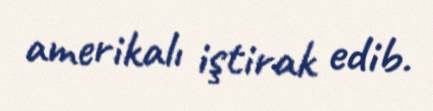
amerikalı iştirak edib.